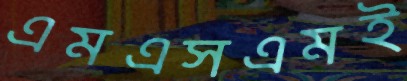
এমএসএমই